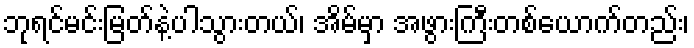
ဘုရင်မင်းမြတ်နဲ့ပါသွားတယ်၊ အိမ်မှာ အဖွားကြီးတစ်ယောက်တည်း၊